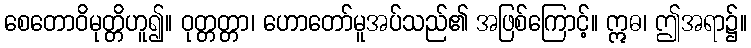
စေတောဝိမုတ္တိဟူ၍။ ဝုတ္တတ္တာ၊ ဟောတော်မူအပ်သည်၏ အဖြစ်ကြောင့်။ ဣဓ၊ ဤအရာ၌။